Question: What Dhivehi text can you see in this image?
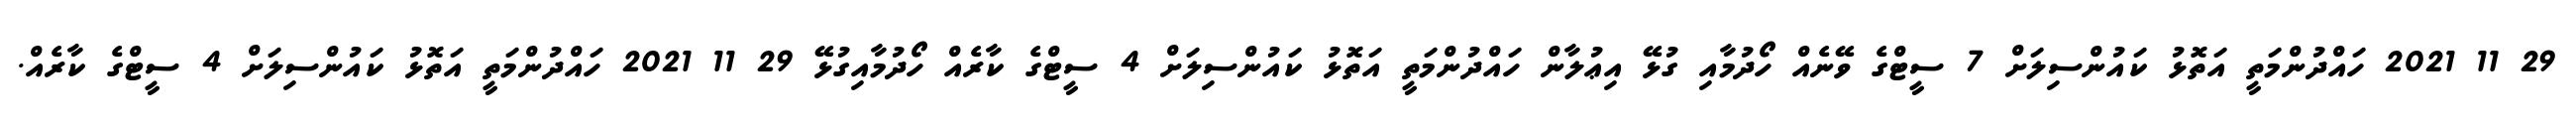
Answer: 29 11 2021 ހައްދުންމަތީ އަތޮޅު ކައުންސިލަށް 7 ސީޓްގެ ވޭނެއް ހޯދުމާއި ގުޅޭ އިޢުލާން ހައްދުންމަތީ އަތޮޅު ކައުންސިލަށް 4 ސީޓްގެ ކާރެއް ހޯދުމާއިގުޅޭ 29 11 2021 ހައްދުންމަތީ އަތޮޅު ކައުންސިލަށް 4 ސީޓްގެ ކާރެއް.